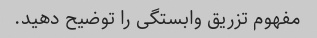
مفهوم تزریق وابستگی را توضیح دهید.